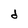
Character: d